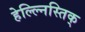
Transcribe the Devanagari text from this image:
हेल्ल्निस्तिक्